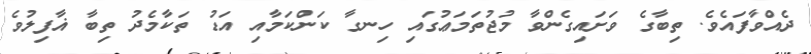
ދެއްވާފައެވެ. ތިބާގެ ވަށައިގެންވާ މުޖުތަމަޢުގައި ހިނގާ ކަންކަމާއި އަޑު ތަކާމެދު ތިބާ ޣާފިލުވެ